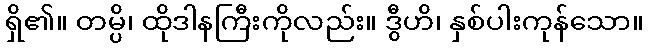
ရှိ၏။ တမ္ပိ၊ ထိုဒါနကြီးကိုလည်း။ ဒွီဟိ၊ နှစ်ပါးကုန်သော။